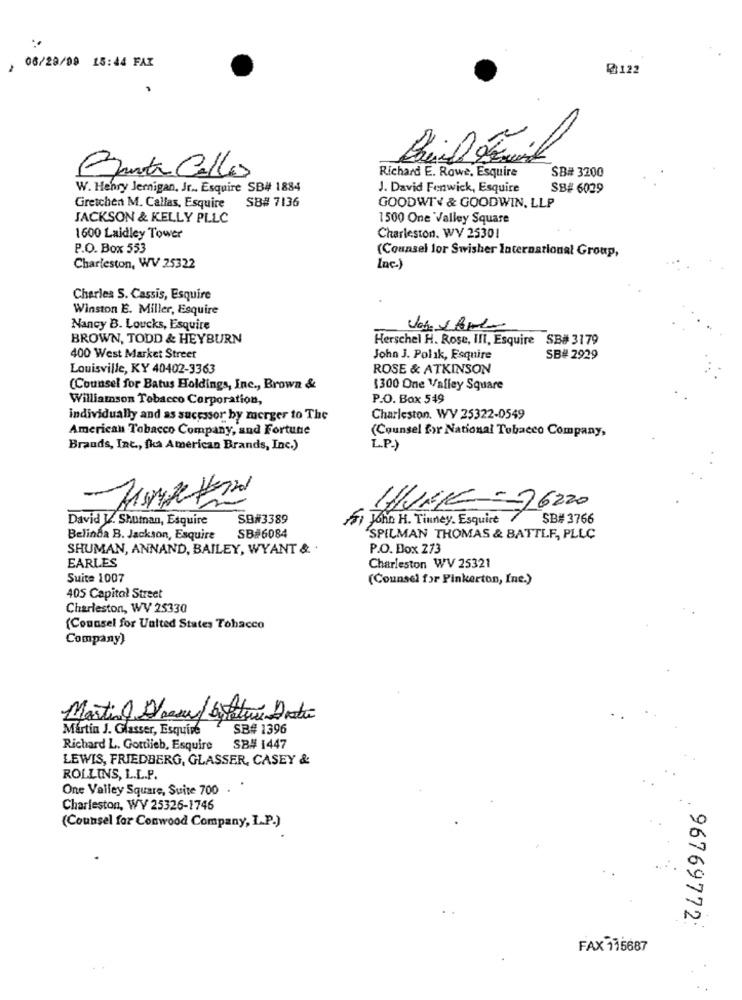
06/28/09 15:44 FAZ
₡122
Richard E. Rowe, Esquire
SB# 3200
Fanta Calles
W. Henry Jernigan, Jr .. Esquire SB# 1884
J. David Fenwick, Esquire
SB# 6029
SB# 7136
Gretchen M. Callas, Esquire
GOODWTY & GOODWIN, LLP
JACKSON & KELLY PLLC
1500 One Valley Square
1600 Laidley Tower
Charleston. WV 25301
P.O. Box 553
(Counsel lor Swisher International Group,
Charleston, WV 25322
Inc.)
Charles S. Cassis, Esquire
Winston E. Miller, Esquire
Nancy B. Loucks, Esquire
BROWN, TODD & HEYBURN
Herschel H. Rose, III, Esquire SB# 3179
400 West Market Street
John J. Polak, Esquire
SB# 2929
Louisville, KY 40402-3363
ROSE & ATKINSON
(Counsel for Batus Holdings, Inc ., Brown &
1300 One Valley Square
Williamson Tobacco Corporation,
P.O. Box 549
individually and as sucessor by macrger to The
Charleston. WY 25322-0549
American Tobacco Company, and Fortune
(Counsel for National Tobacco Company,
Brands, Inc ., fka American Brands, Inc.)
L.P.)
HURE=76220
David V. Shumnan, Esquire
SB#3389
Fi John H. Tiuney. Esquire
SB# 3766
Belinda B. Jackson, Esquire
SB#6084
SPILMAN THOMAS & BATTLE, PLLC
SHUMAN, ANNAND, BAILEY, WYANT & .
P.O. Box 273
EARLES
Charleston WV 25321
Suite 1007
(Counsel for Pinkerton, Inc.)
405 Capitol Street
Charleston, WV 25330
(Counsel for United States Tobacco
Company)
Martin Deeu bylatun Drathe
Martin J. Glasser, Esquire
SB# 1396
Richard L. Gottlieb, Esquire
SB# 1447
LEWIS, FRIEDBERG, GLASSER, CASEY &
ROLLINS, L.L.P.
One Valley Square, Suite 700 .
Charleston, WY 25326-1746
(Counsel for Conwood Company, I.P.)
96769772:
FAX 175687